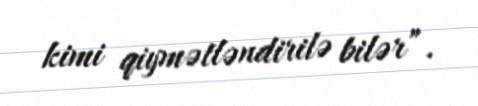
kimi qiymətləndirilə bilər”.